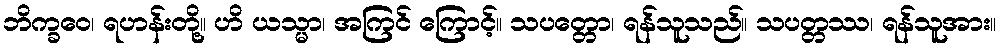
ဘိက္ခဝေ၊ ရဟန်းတို့။ ဟိ ယသ္မာ၊ အကြင် ကြောင့်။ သပတ္တော၊ ရန်သူသည်။ သပတ္တဿ၊ ရန်သူအား။